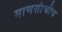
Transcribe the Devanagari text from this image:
माणसांचीच